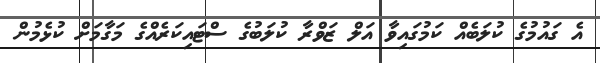
އެ ގައުމުގެ ކުލަބެއް ކަމުގައިވާ އަލް ޒަވްރާ ކުލަބުގެ ސްޓައިކަރެއްގެ މަގާމަށް ކުޅެމުން